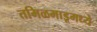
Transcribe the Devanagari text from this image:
तमिळमाडूमध्ये